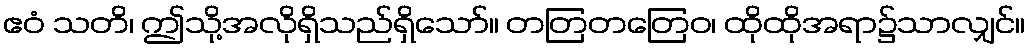
ဧဝံ သတိ၊ ဤသို့အလိုရှိသည်ရှိသော်။ တတြတတြေဝ၊ ထိုထိုအရာ၌သာလျှင်။